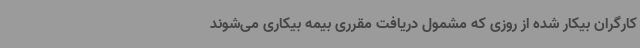
کارگران بیکار شده از روزی که مشمول دریافت مقرری بیمه بیکاری می‌شوند